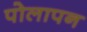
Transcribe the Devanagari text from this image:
पोलापन